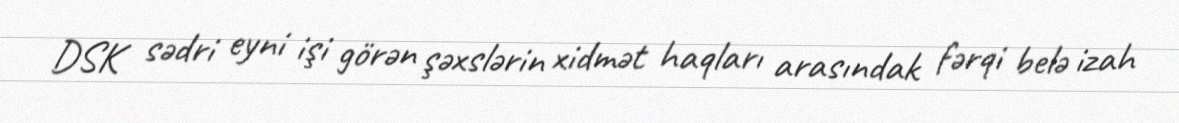
DSK sədri eyni işi görən şəxslərin xidmət haqları arasındak fərqi belə izah